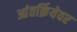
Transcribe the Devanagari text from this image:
आंतर्क्रियेवर